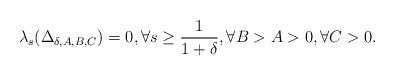
LaTeX: \begin{align*} \lambda_{s}(\Delta_{\delta,A,B,C})=0, \forall s\geq \frac{1}{1+\delta}, \forall B>A>0, \forall C>0.\end{align*}